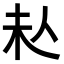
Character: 𠇠